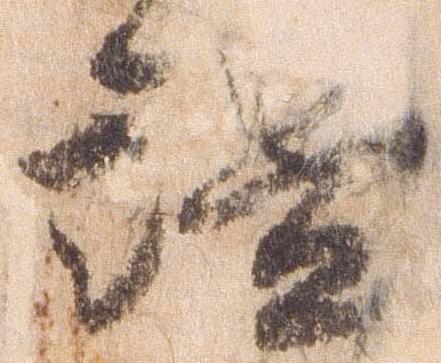
謐